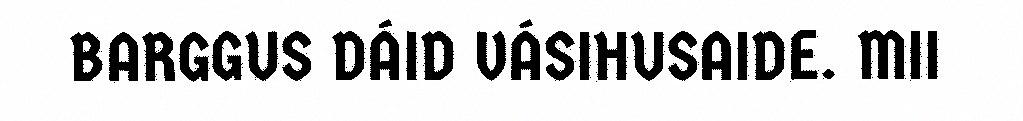
BARGGUS DÁID VÁSIHUSAIDE. MII